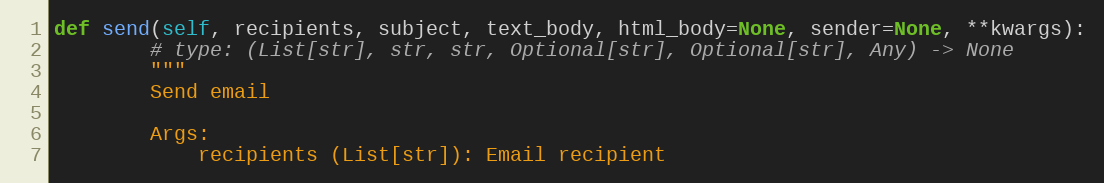
Language: Python
def send(self, recipients, subject, text_body, html_body=None, sender=None, **kwargs):
        # type: (List[str], str, str, Optional[str], Optional[str], Any) -> None
        """
        Send email

        Args:
            recipients (List[str]): Email recipient